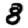
Digit: 8